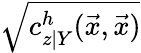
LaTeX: \sqrt{c_{z\vert Y}^{h}(\vec{x},\vec{x})}